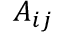
A _ { i j }